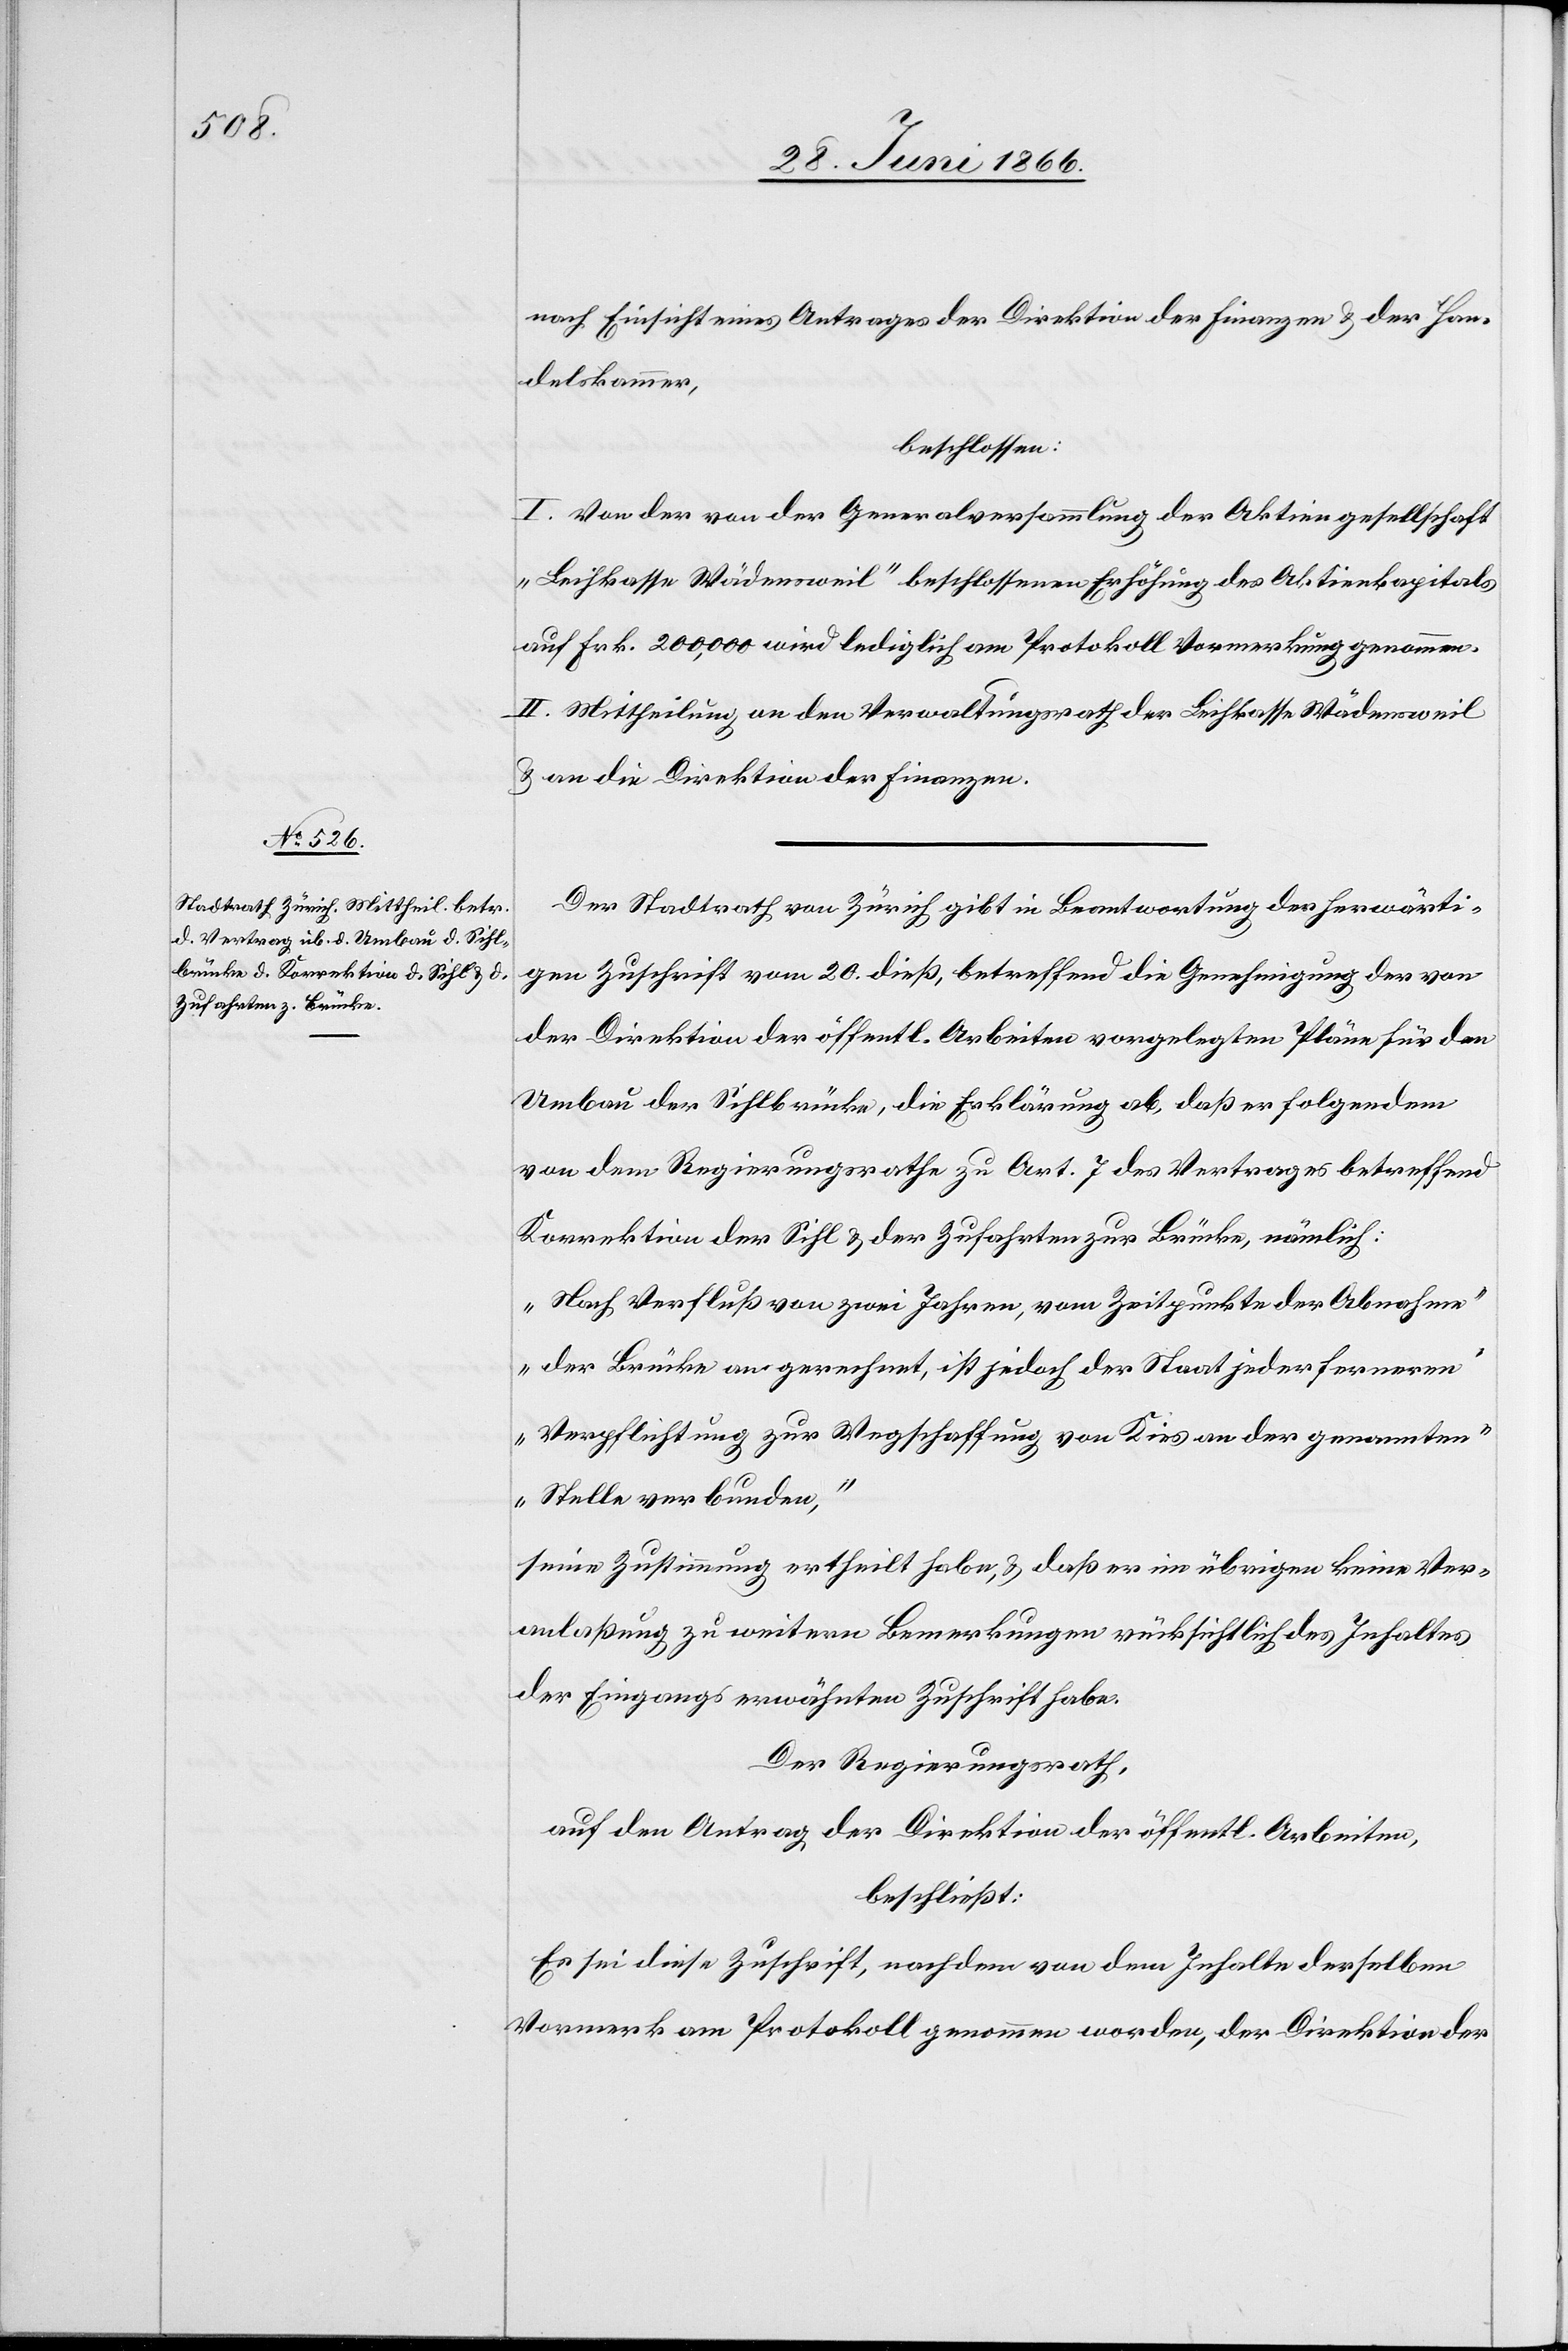
nach Einsicht eines Antrages der Direktion der Finanzen u. der Han¬
delskammer,
beschlossen:
I. Von der von der Generalversammlung der Aktiengesellschaft
„Leihkasse Wädensweil“ beschlossenen Erhöhung des Aktienkapitals
auf Frk. 200 000 wird lediglich am Protokoll Vormerkung genommen.
II. Mittheilung an den Verwaltungsrath der Leihkasse Wädensweil
u. an die Direktion der Finanzen.
Der Stadtrath von Zürich gibt in Beantwortung der herwärti¬
gen Zuschrift vom 20. dieß, betreffend die Genehmigung der von
der Direktion der öffentl. Arbeiten vorgelegten Pläne für den
Umbau der Sihlbrücke, die Erklärung ab, daß er folgenden
von dem Regierungsrathe zu Art. 7 des Vertrages betreffend
Korrektion der Sihl u. der Zufahrten zur Brücke, nämlich
„Nach Verfluß von zwei Jahren, vom Zeitpunkte der Abnahme
der Brücke an gerechnet, ist jedoch der Staat jeder fernern
Verpflichtung zur Wegschaffung von Kies an der genannten
Stelle verbunden,“
seine Genehmigung ertheilt habe, u. daß er im übrigen keine Ver¬
anlaßung zu weitern Bemerkungen rücksichtlich des Inhaltes
der Eingangs erwähnten Zuschrift habe.
Der Regierungsrath,
auf den Antrag der Direktion der öffentl. Arbeiten,
beschließt:
Es sei diese Zuschrift, nachdem von dem Inhalte derselben
Vormerk am Protokoll genommen worden, der Direktion der